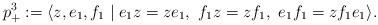
LaTeX: \begin{align*}p_{+}^3:=\langle z,e_1,f_1\mid e_1z=ze_1,\ f_1z=zf_1,\ e_1f_1=zf_1e_1\rangle.\end{align*}